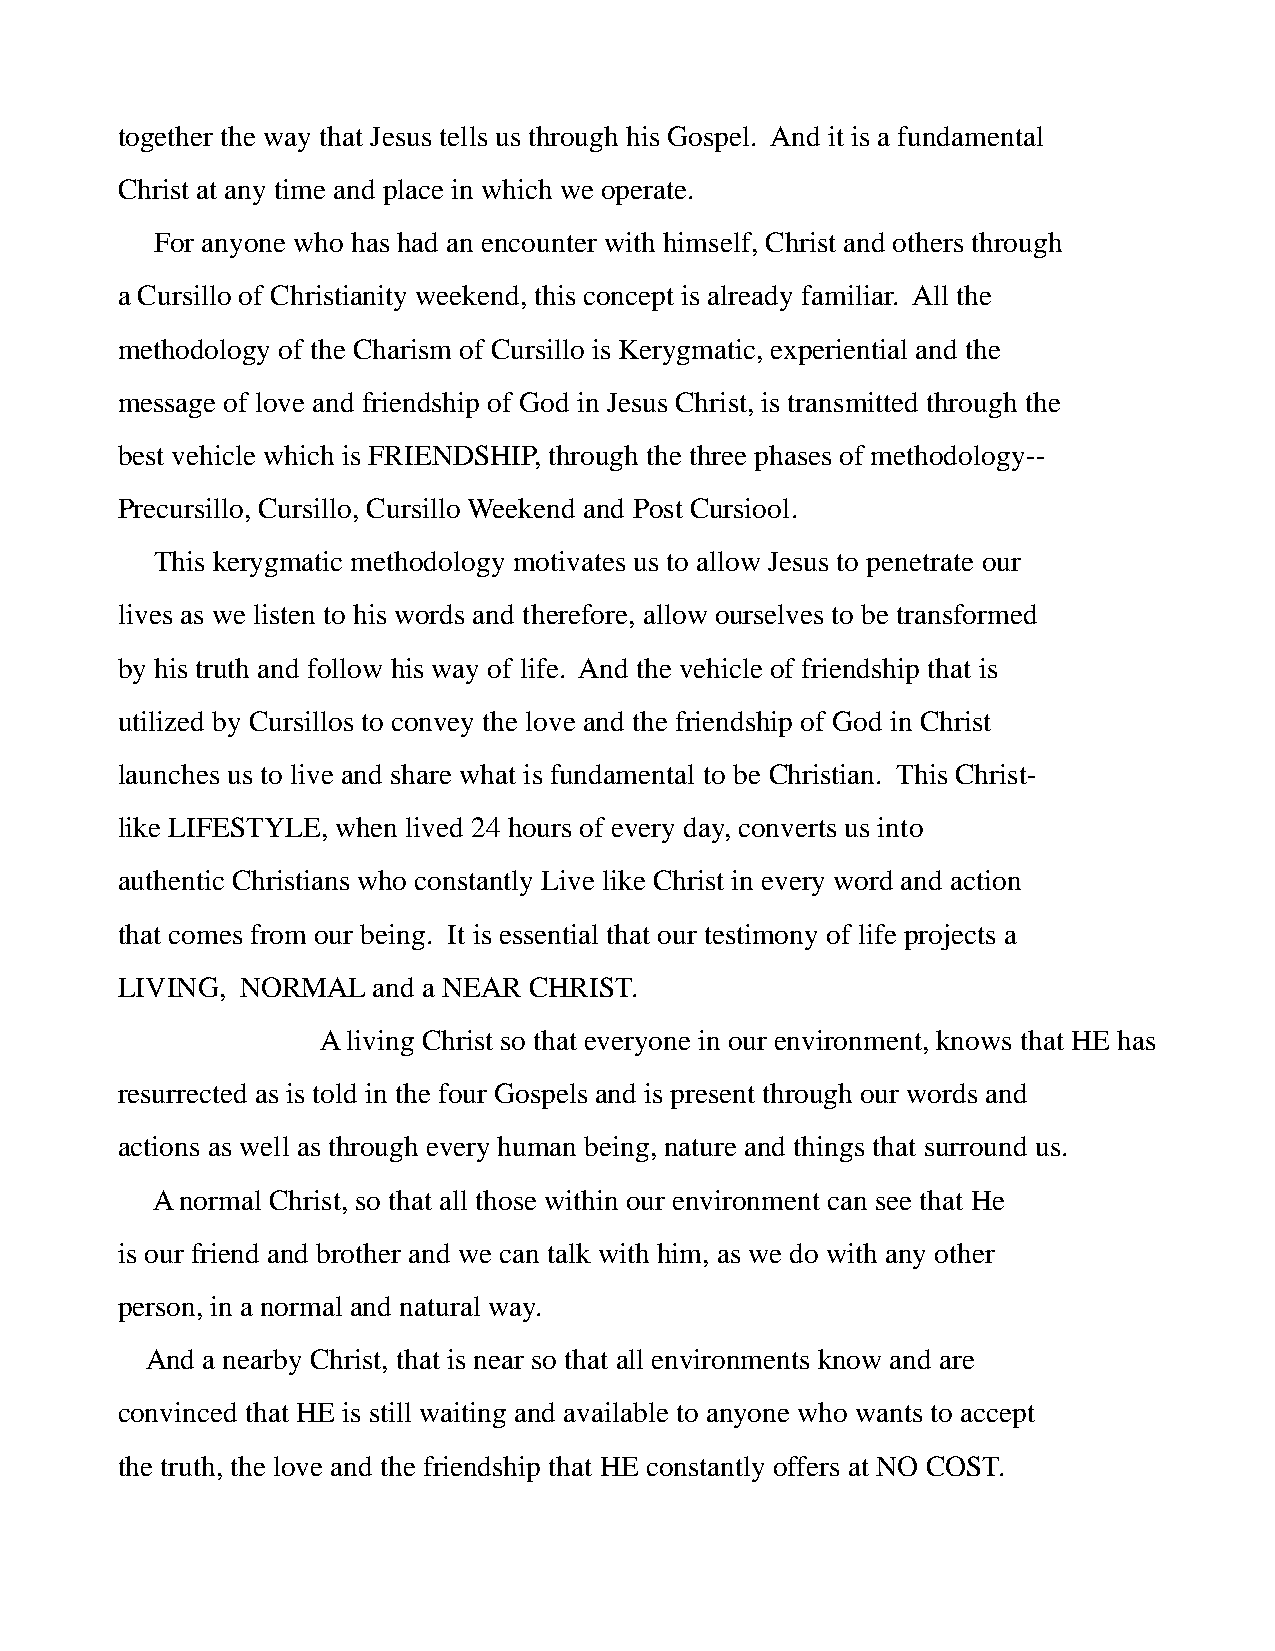
together the way that Jesus tells us through his Gospel. And it is a fundamental
 Christ at any time and place in which we operate.
 For anyone who has had an encounter with himself, Christ and others through
 a Cursillo of Christianity weekend, this concept is already familiar. All the
 methodology of the Charism of Cursillo is Kerygmatic, experiential and the
 message of love and friendship of God in Jesus Christ, is transmitted through the
 best vehicle which is FRIENDSHIP, through the three phases of methodology--
 Precursillo, Cursillo, Cursillo Weekend and Post Cursiool.
 This kerygmatic methodology motivates us to allow Jesus to penetrate our
 lives as we listen to his words and therefore, allow ourselves to be transformed
 by his truth and follow his way of life. And the vehicle of friendship that is
 utilized by Cursillos to convey the love and the friendship of God in Christ
 launches us to live and share what is fundamental to be Christian. This Christ-
 like LIFESTYLE, when lived 24 hours of every day, converts us into
 authentic Christians who constantly Live like Christ in every word and action
 that comes from our being. It is essential that our testimony of life projects a
 LIVING, NORMAL   and a NEAR CHRIST.
 A living Christ so that everyone in our environment, knows that HE has
 resurrected as is told in the four Gospels and is present through our words and
 actions as well as through every human being, nature and things that surround us.
 A normal Christ, so that all those within our environment can see that He
 is our friend and brother and we can talk with him, as we do with any other
 person, in a normal and natural way.
 And a nearby Christ, that is near so that all environments know and are
 convinced that HE is still waiting and available to anyone who wants to accept
 the truth, the love and the friendship that HE constantly offers at NO COST.